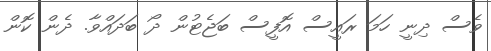
ވެސް ދިނީ ހަމަ ރައީސް އޮފީސް ބަޖެޓުން ދޯ ބަދައްވާ. ދެން ކޮން